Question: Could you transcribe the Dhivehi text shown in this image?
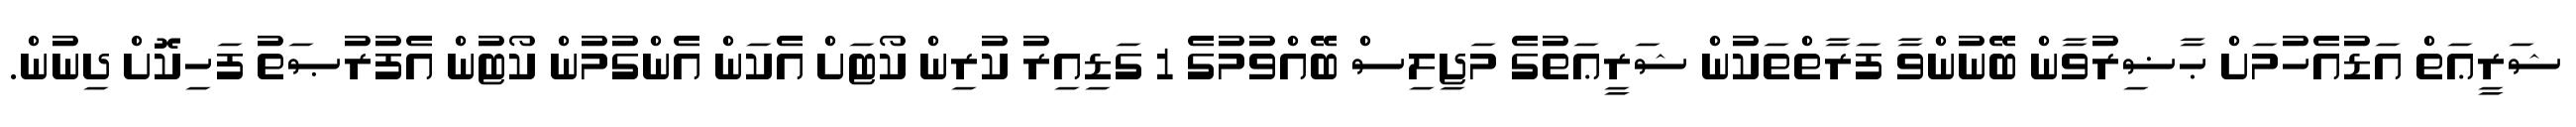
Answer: ޝަރީޢަތް އަޑުއެހުމަށް ޙާޟިރުވާން ބޭނުންވާ ފަރާތްތަކުން ޝަރީޢަތުގެ މަޖިލިސް ބޭއްވުމުގެ 1 ގަޑިއިރު ކުރިން ކޯޓަށް އެކަން އެންގުމުން ކޯޓުން އެފުރުޞަތު ފަހިކޮށް ދިނުން.